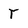
Character: r